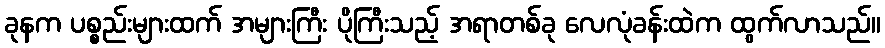
ခုနက ပစ္စည်းများထက် အများကြီး ပိုကြီးသည့် အရာတစ်ခု လေလုံခန်းထဲက ထွက်လာသည်။